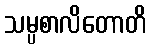
သမ္ပစာလိတောတိ